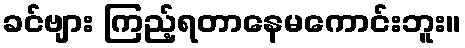
ခင်ဗျား ကြည့်ရတာနေမကောင်းဘူး။